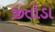
જીતોડા